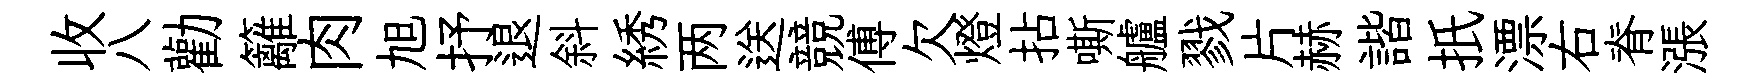
收八勸籬肉旭抒退斜綉两送競傅欠燈拈嘶艫戮片赫諧扺漂右脊漲